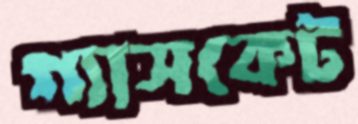
গ্যাসকেট